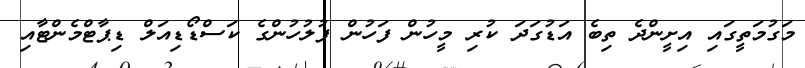
މަގުމަތީގައި އިށީންދެ ތިބެ އަޑުގަދަ ކުރި މީހުން ފަހުން ފުލުހުންގެ ކަސްޑޯޑިއަލް ޑިޕާޓްމެންޓާއި